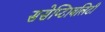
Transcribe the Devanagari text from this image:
ससेप्टिाबलिटी